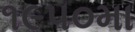
૧૯૫૦મા